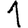
Digit: 1